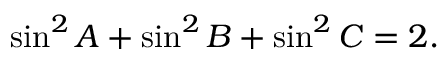
\displaystyle \sin ^ { 2 } { A } + \sin ^ { 2 } { B } + \sin ^ { 2 } { C } = 2 .